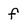
Character: f